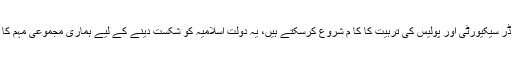
ہم ان کی بارڈر سیکیورٹی اور پولیس کی تربیت کا کا م شروع کرسکتے ہیں، یہ دولت اسلامیہ کو شکست دینے کے لیے ہماری مجموعی مہم کا اہم جزو ہے۔